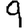
Digit: 9